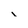
Character: 1